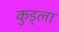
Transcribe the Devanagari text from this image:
कुड्ला